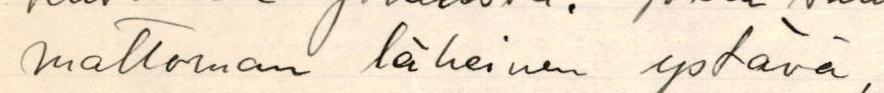
mattoman läheinen ystävä,